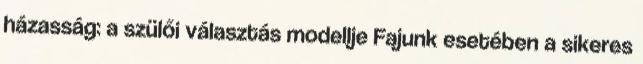
házasság: a szülői választás modellje Fajunk esetében a sikeres